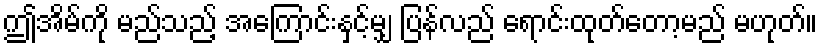
ဤအိမ်ကို မည်သည့် အကြောင်းနှင့်မျှ ပြန်လည် ရောင်းထုတ်တော့မည် မဟုတ်။